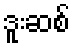
ဒူးဆစ်